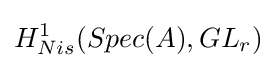
H_{Nis}^{1}(Spec(A),GL_{r})